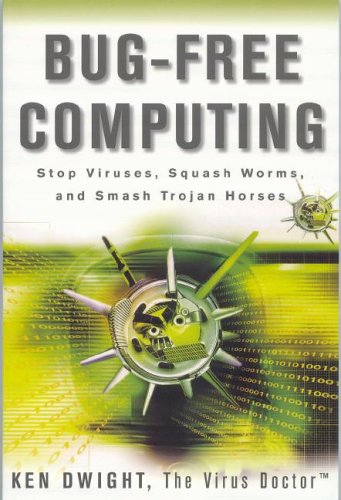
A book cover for Bug-Free Computing: Stop Viruses, Squash Worms, and Smash Trojan Horses; Ken Dwight; Computers & Technology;